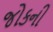
જોકની